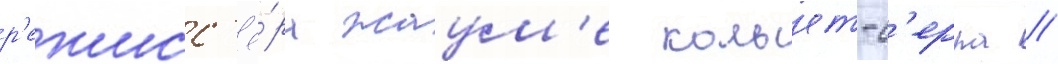
р'ежисс'ё́ра жаум'е кольет-с'ерра //